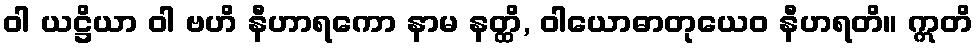
ဝါ ယဋ္ဌိယာ ဝါ ဗဟိ နီဟာရကော နာမ နတ္ထိ, ဝါယောဓာတုယေဝ နီဟရတိ။ ဣတိ